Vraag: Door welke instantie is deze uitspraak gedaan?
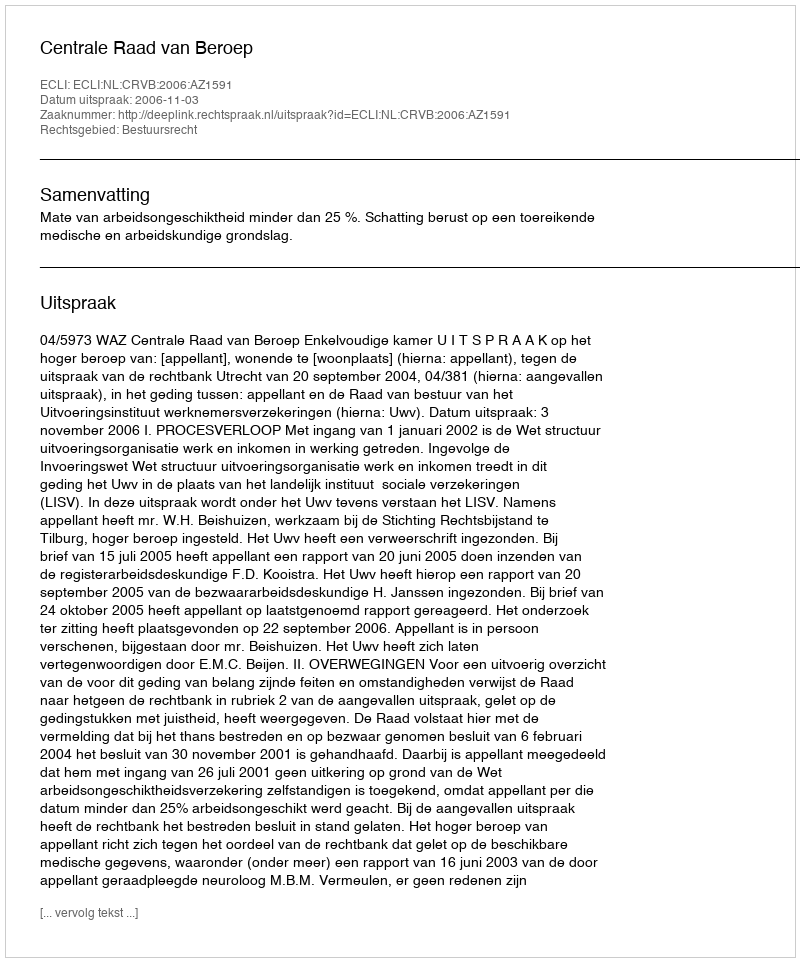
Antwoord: Centrale Raad van Beroep